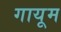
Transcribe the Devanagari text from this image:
गायूम